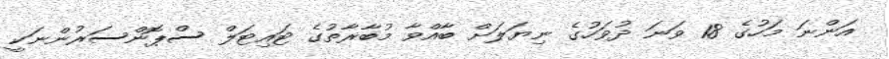
އަންނަ މަހުގެ 18 ވަނަ ދުވަހުގެ ނިޔަލަށް ބާއްވާ މުބާރާތުގެ ޓައިޓަލް ސްޕޮންސަރުންނަކީ